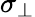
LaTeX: \sigma_{\bot}